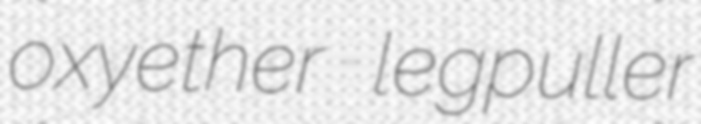
oxyether legpuller